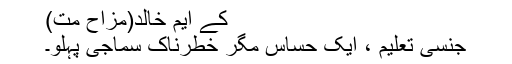
کے ایم خالد(مزاح مت)
جنسی تعلیم ، ایک حساس مگر خطرناک سماجی پہلو۔